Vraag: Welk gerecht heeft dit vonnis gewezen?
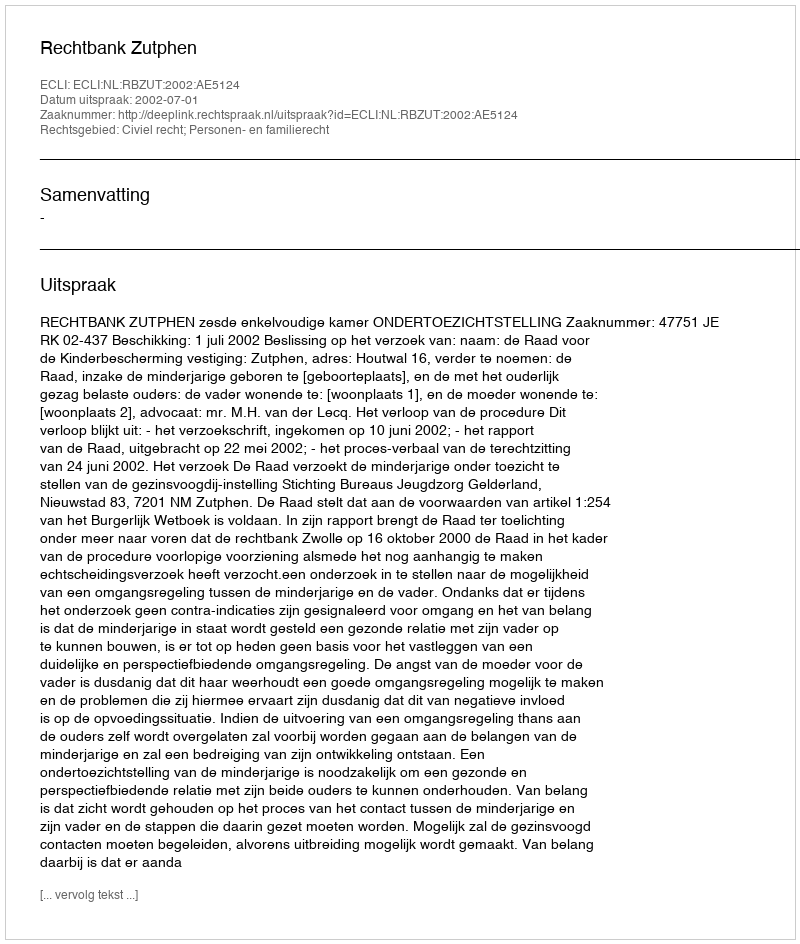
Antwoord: Rechtbank Zutphen